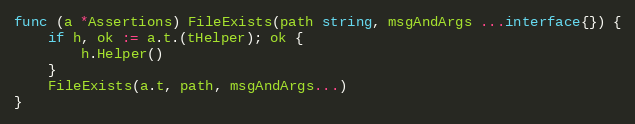
Language: Go
func (a *Assertions) FileExists(path string, msgAndArgs ...interface{}) {
	if h, ok := a.t.(tHelper); ok {
		h.Helper()
	}
	FileExists(a.t, path, msgAndArgs...)
}